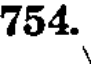
754.